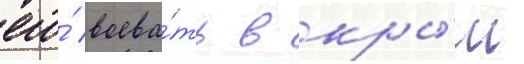
его́ воева́ть в кры́м